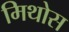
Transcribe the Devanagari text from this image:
मिथोस